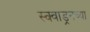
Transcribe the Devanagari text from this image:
स्क्वाड्रनच्या